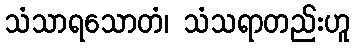
သံသာရသောတံ၊ သံသရာတည်းဟူ